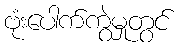
ဗုံးပေါက်ကွဲမှုတွင်